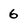
Character: 6